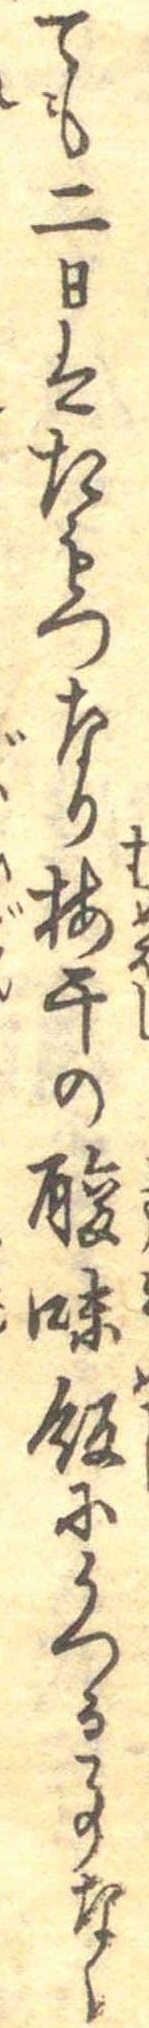
ても二日はたもつなり梅干の酸味飯にうつる事なく